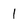
Character: 1